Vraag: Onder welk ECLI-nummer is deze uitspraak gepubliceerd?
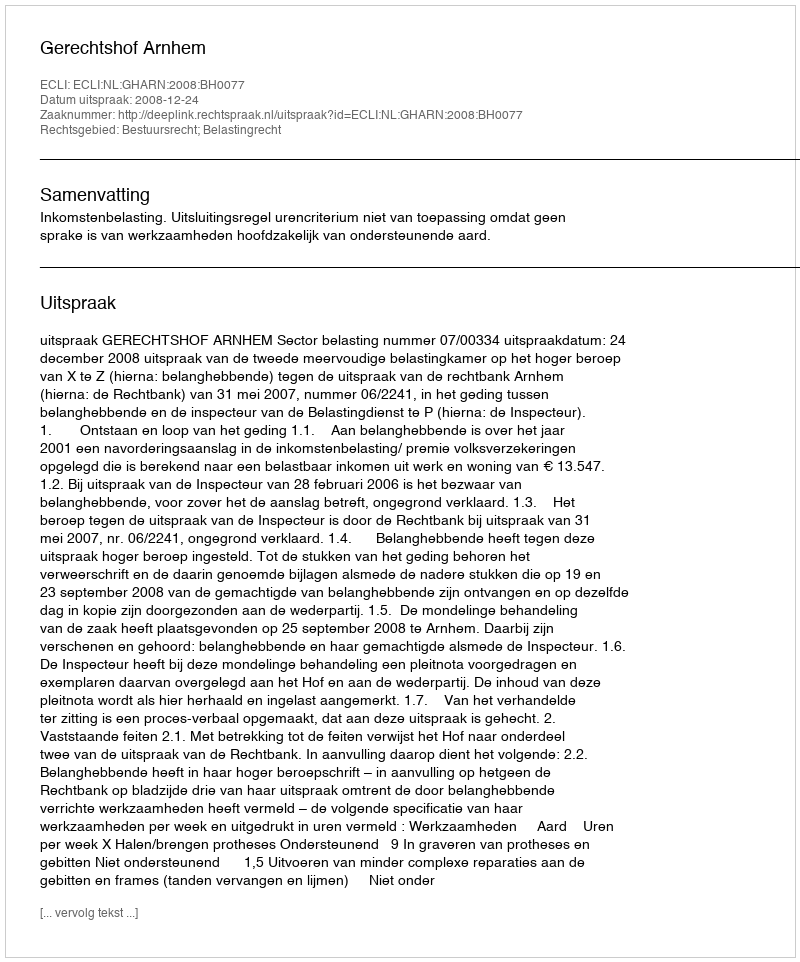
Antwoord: ECLI:NL:GHARN:2008:BH0077